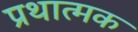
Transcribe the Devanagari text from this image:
प्रथात्मक